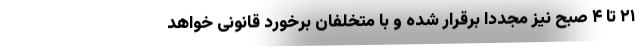
۲۱ تا ۴ صبح نیز مجددا برقرار شده و با متخلفان برخورد قانونی خواهد